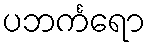
ပဘင်္ကရော